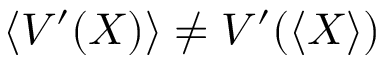
\left\langle V ^ { \prime } ( X ) \right\rangle \neq V ^ { \prime } ( \left\langle X \right\rangle )